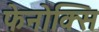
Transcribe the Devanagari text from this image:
फेनोक्सि